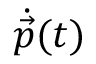
\dot { \vec { p } } ( t )